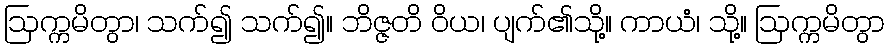
ဩက္ကမိတွာ၊ သက်၍ သက်၍။ ဘိဇ္ဇတိ ဝိယ၊ ပျက်၏သို့။ ကာယံ၊ သို့။ ဩက္ကမိတွာ